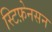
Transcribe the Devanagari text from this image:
स्टिफ़ेनसन